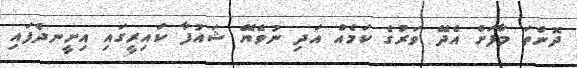
ދޮންތަ މާފަށް އެދޭ ވަރުގެ ކަމެއް އަދި ނުވެޔޭ ޝައުފާ ކައިރީގައި އިށީނދެފައި